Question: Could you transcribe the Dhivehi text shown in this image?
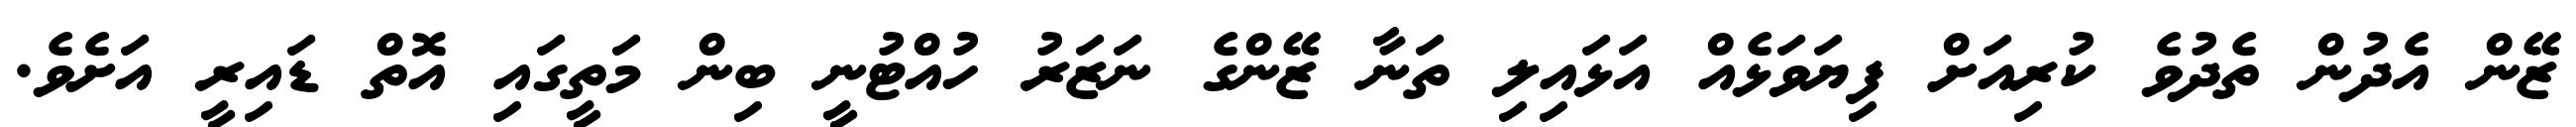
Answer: ޒޭން އެދުން ތެދުވެ ކުރިއަށް ފިޔަވަޅެއް އަޅައިލި ތަނާ ޒޭންގެ ނަޒަރު ހުއްޓުނީ ބިން މަތީގައި އޮތް ޑައިރީ އަށެވެ.